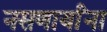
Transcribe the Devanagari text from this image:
नसणार्यांना